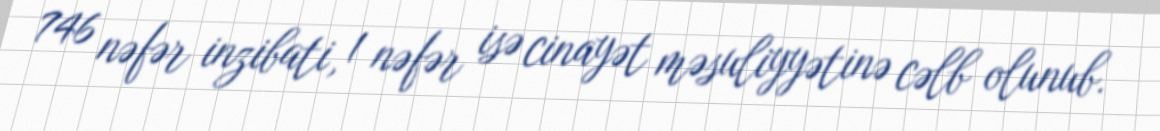
746 nəfər inzibati, 1 nəfər isə cinayət məsuliyyətinə cəlb olunub.